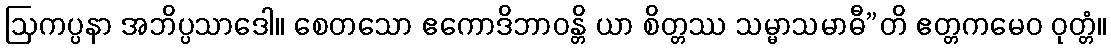
ဩကပ္ပနာ အဘိပ္ပသာဒေါ။ စေတသော ဧကောဒိဘာဝန္တိ ယာ စိတ္တဿ သမ္မာသမာဓီ”တိ ဧတ္တကမေဝ ဝုတ္တံ။